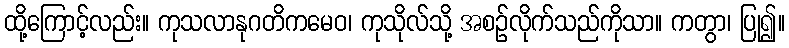
ထို့ကြောင့်လည်း။ ကုသလာနုဂတိကမေဝ၊ ကုသိုလ်သို့ အစဉ်လိုက်သည်ကိုသာ။ ကတွာ၊ ပြု၍။